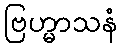
ဗြဟ္မာသနံ